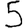
Digit: 5